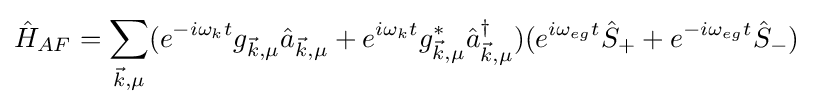
{\hat {H}}_{AF}=\sum _{{\vec {k}},\mu }(e^{-i\omega _{k}t}g_{{\vec {k}},\mu }{\hat {a}}_{{\vec {k}},\mu }+e^{i\omega _{k}t}g_{{\vec {k}},\mu }^{*}{\hat {a}}_{{\vec {k}},\mu }^{\dagger })(e^{i\omega _{eg}t}{\hat {S}}_{+}+e^{-i\omega _{eg}t}{\hat {S}}_{-})